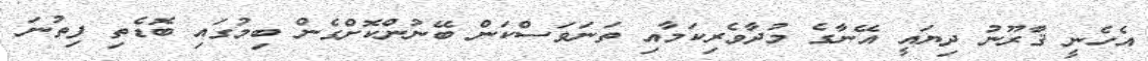
އެހެނީ ޤާރޫނު ދިޔައީ އޭނާގެ މުދާވެރިކަމާއި ތަނަވަސްކަން ބޭނުންކޮށްގެން ބިމުގައި ބޮޑެތި ފިތުނަ